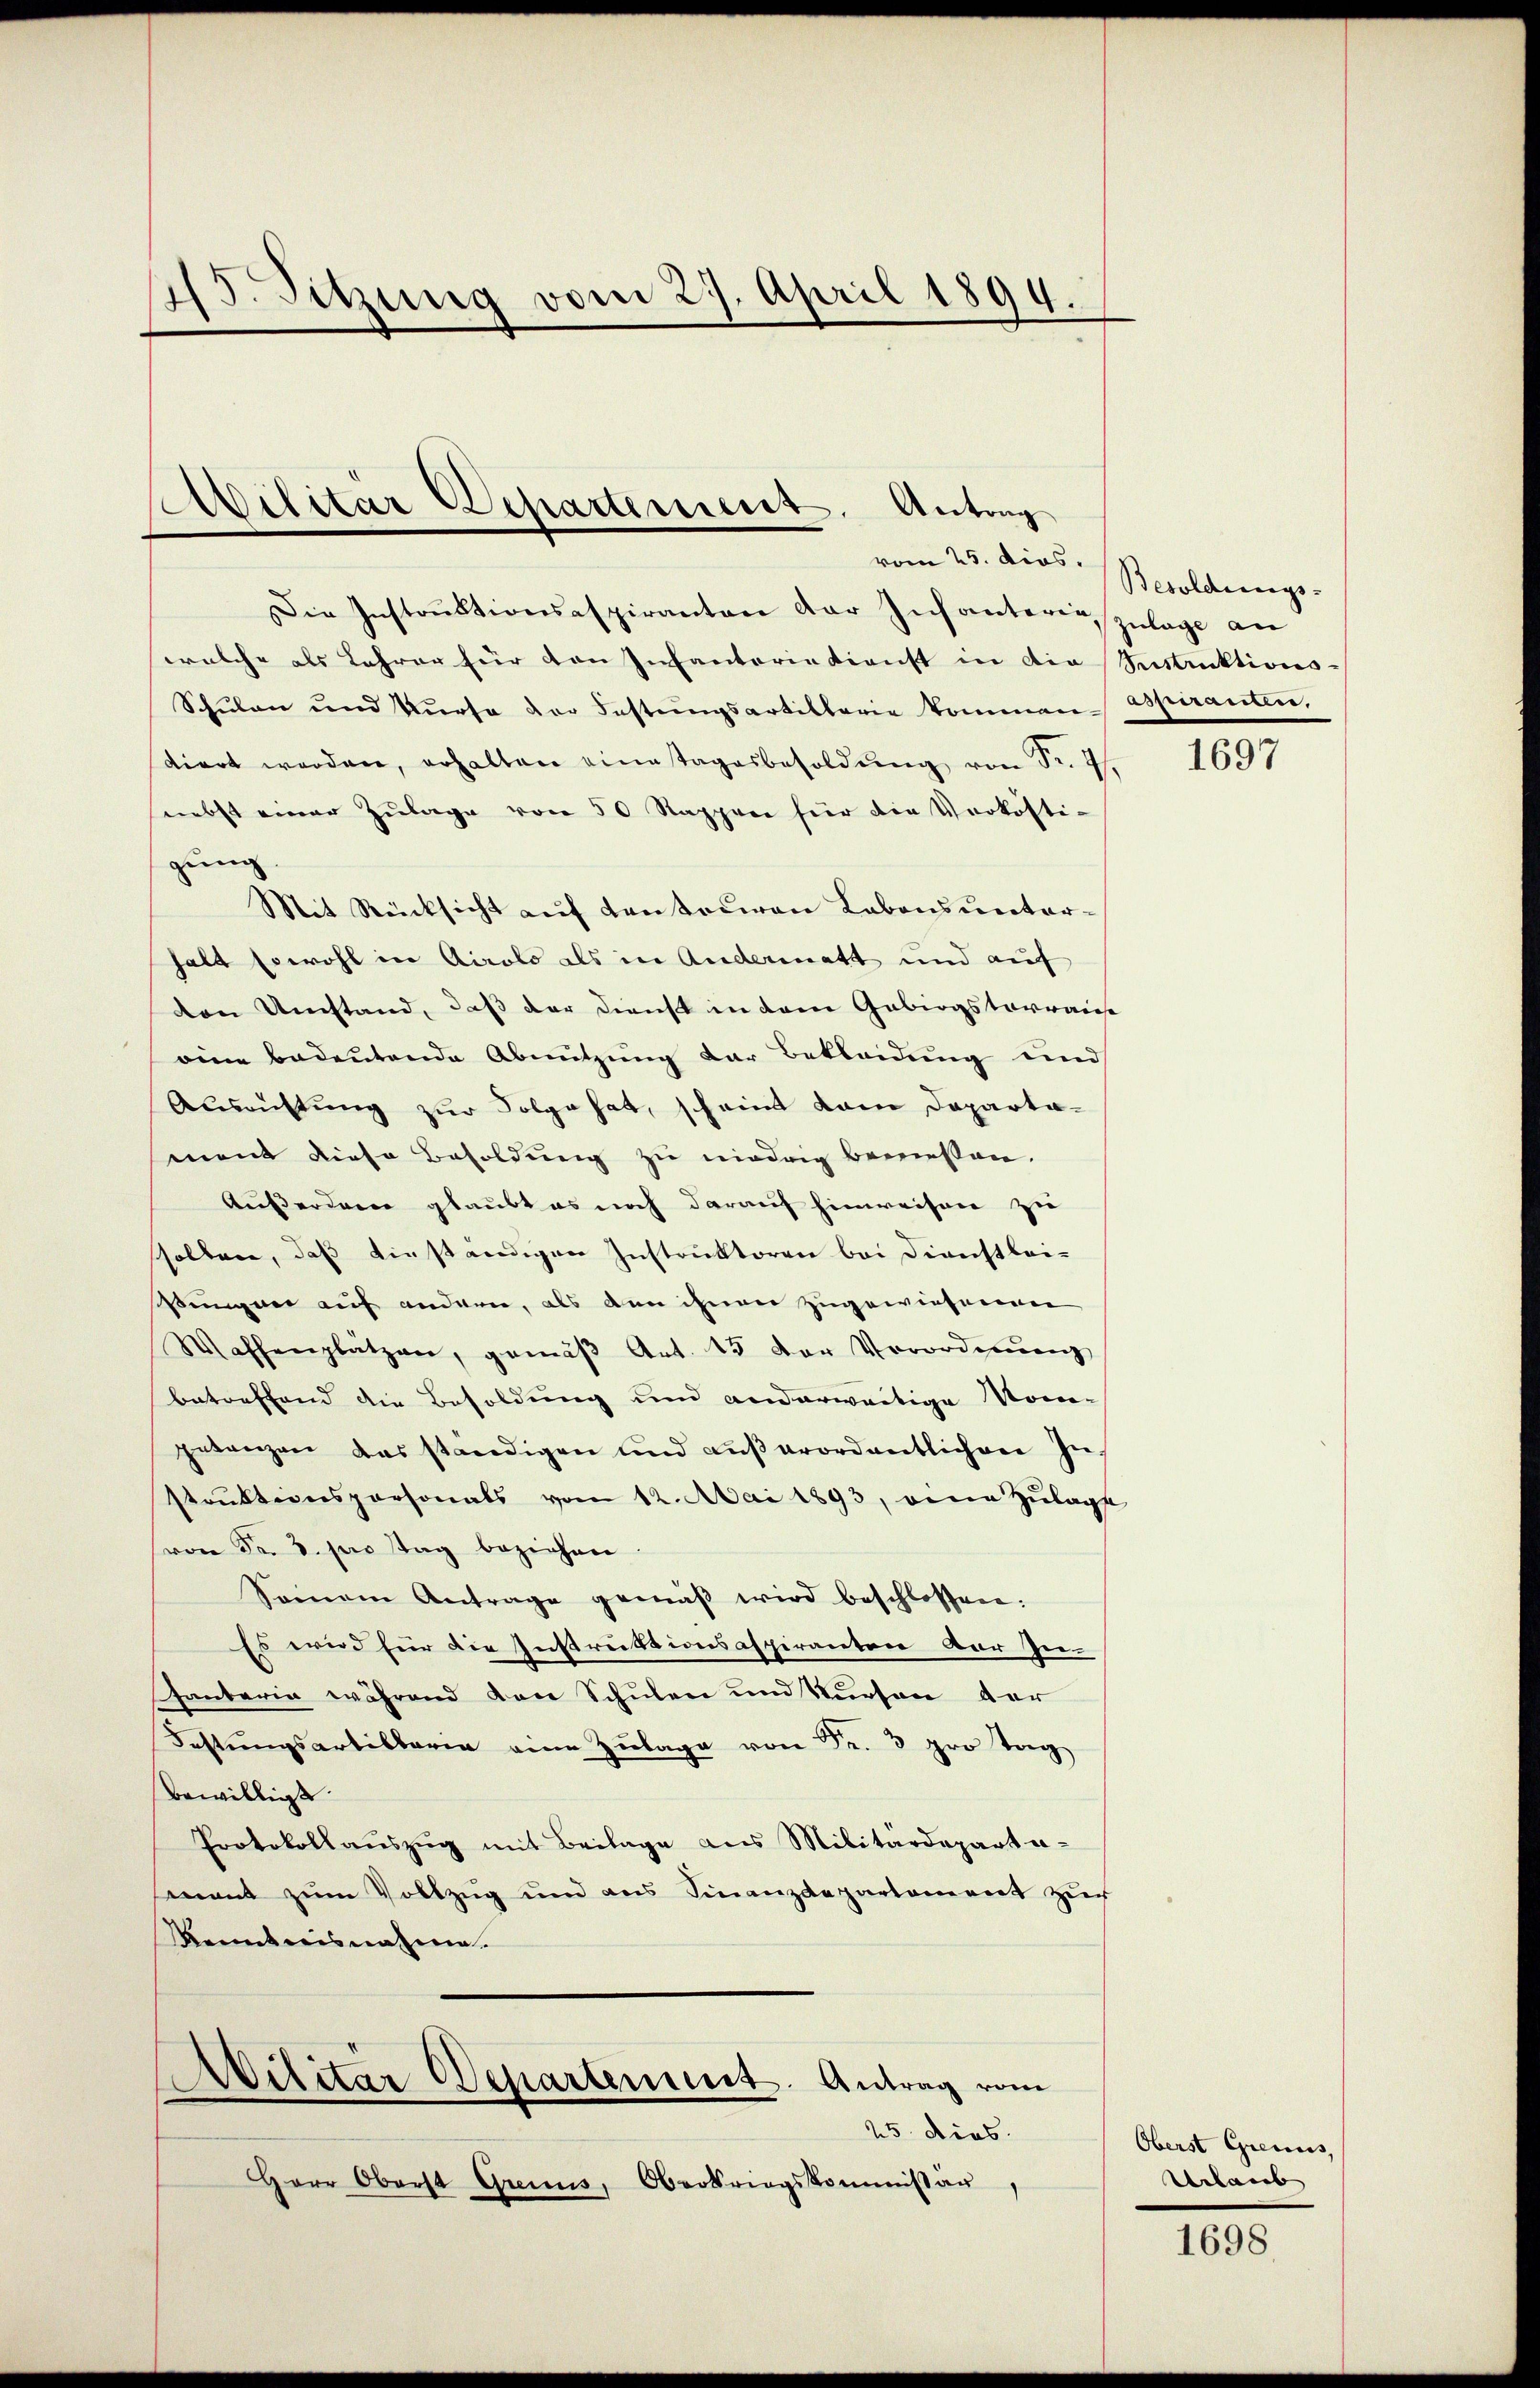
45. Sitzung vom 29. April 1894.

Militär Departement. Antrag
vom 25. dies Besoldungs-

Die Instrŭktionsaspiranten der Insanterie Zulage an
welche als Lehrer für den Infanterie dienst in die Seestruktions¬
Schulen und Kŭrse der Festŭngsartillarie kommen- aspiranten,
diert werden, erhalten eine Tagesbesoldŭng von Sr. 4.
snebst einer Zŭlage von 50 Rappen für die Vorkosti-
gung
Mit Rücksicht auf Kontociren Labonsueetarhalt sowohl in Airolo als in Andermatt und auf
den Umstand, daß der Dienst in dem Gebirgsterraus
eine bedeutende Abnutzung der Bekleidung und
Ausrichtung zur Folge hat, scheint kam Departament diese Besoldung zu niedrig bemessen.
Äußerden glaubt es noch darauf hinweisen zu
sollen, daß einständigen Instruktoren bei Dienstlei-
ungen auf andern, als den ihnen zugewiesenen
Waffenplätzen, gemäβ Art. 15 der Verordnŭng
betreffend die Besoldung und anderweitige Kom-
getanzen das ständigen und außerordentlichen Instruktionspersonals vom 12. Mai 1893, eine Zulage
(von Fr. 3. pro Tag beziehen
Seinem Antrage gemäβ wird beschlossen:
Es wird für die Instruktionsaspiranten der Inhantaria während von Schulen und Kurson der
Festŭngsartibbarin eine Zŭlage von Fr. 3 pro Trag
bewilligt.
Protokollaŭszŭg mit Beilage aus Militärdeparta-
mant zum Vollzug und aus Finanzdepartement zur
Kenntnisnahme.
Wilitar Departement. Antrag vom
25. dies
Herr Oberst Gremus, Oberkriegskommissär,

1697

Oberst Grenus,
Urlaub

1698